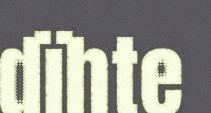
dïhte